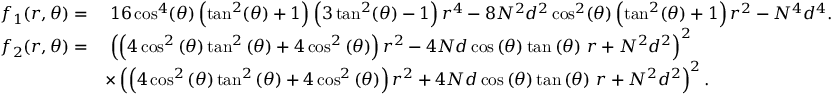
\begin{array} { r l } { f _ { 1 } ( r , \theta ) = } & { \; 1 6 \cos ^ { 4 } ( \theta ) \left( \tan ^ { 2 } ( \theta ) + 1 \right) \left( 3 \tan ^ { 2 } ( \theta ) - 1 \right) r ^ { 4 } - 8 N ^ { 2 } d ^ { 2 } \cos ^ { 2 } ( \theta ) \left( \tan ^ { 2 } ( \theta ) + 1 \right) r ^ { 2 } - N ^ { 4 } d ^ { 4 } . } \\ { f _ { 2 } ( r , \theta ) = } & { \; \left( \left( 4 \cos ^ { 2 } \left( \theta \right) \tan ^ { 2 } \left( \theta \right) + 4 \cos ^ { 2 } \left( \theta \right) \right) r ^ { 2 } - 4 N d \cos \left( \theta \right) \tan \left( \theta \right) \, r + N ^ { 2 } d ^ { 2 } \right) ^ { 2 } } \\ & { \times \left( \left( 4 \cos ^ { 2 } \left( \theta \right) \tan ^ { 2 } \left( \theta \right) + 4 \cos ^ { 2 } \left( \theta \right) \right) r ^ { 2 } + 4 N d \cos \left( \theta \right) \tan \left( \theta \right) \, r + N ^ { 2 } d ^ { 2 } \right) ^ { 2 } . } \end{array}